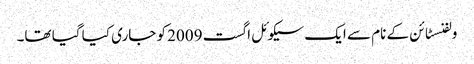
ولفنسٹائن کے نام سے ایک سیکوئل اگست 2009 کو جاری کیا گیا تھا۔